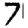
Digit: 7